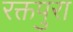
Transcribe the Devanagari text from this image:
रक्तपुरा